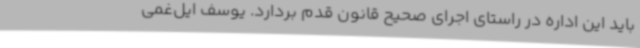
باید این اداره در راستای اجرای صحیح قانون قدم بردارد. یوسف ایل‌غمی